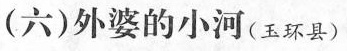
(六)外婆的小河(玉环县)